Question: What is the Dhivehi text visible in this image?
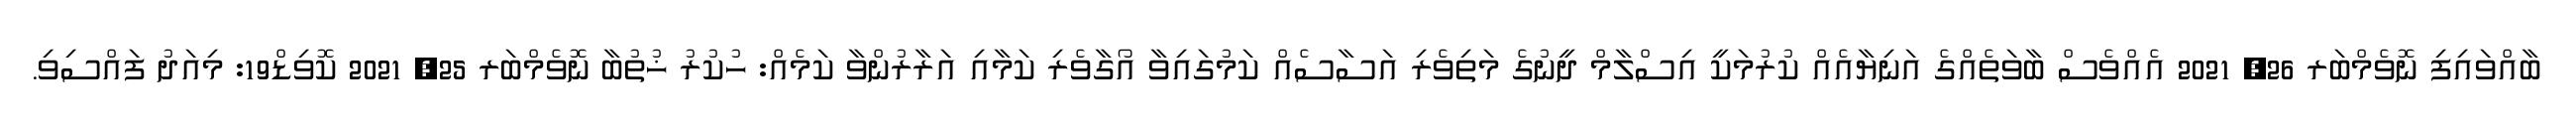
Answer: ބާއްވައިފި ނޮވެމްބަރ 26, 2021 އެއްވެސް ބާވަތެއްގެ އަނިޔާއެއް ކުރުމަކީ އިސްލާމް ދީނުގެ މަތިވެރި އަސާސެއް ކަމުގައިވާ އޯގާވެރި ކަމާއި އަރާރުންވާ ކަމެއް: ހުކުރު ޚުތުބާ ނޮވެމްބަރ 25, 2021 ކޮވިޑް19: މިއަދު ފައްސިވި.